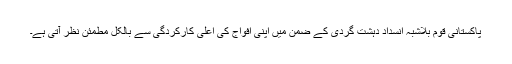
پاکستانی قوم بلاشبہ انسداد دہشت گردی کے ضمن میں اپنی افواج کی اعلٰی کارکردگی سے بالکل مطمئن نظر آتی ہے۔